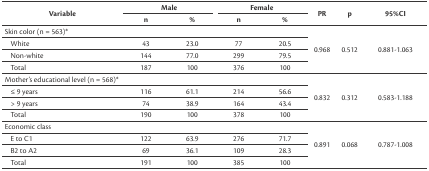
<table><thead><tr><td rowspan="2"><b>Variable</b></td><td colspan="2"><b>Male</b></td><td colspan="2"><b>Female</b></td><td rowspan="2"><b>PR</b></td><td rowspan="2"><b>p</b></td><td rowspan="2"><b>95%CI</b></td></tr><tr><td><b>n</b></td><td><b>%</b></td><td><b>n</b></td><td><b>%</b></td></tr></thead><tbody><tr><td>Skin color (n = 563)*</td><td></td><td></td><td></td><td></td><td rowspan="4">0.968</td><td rowspan="4">0.512</td><td rowspan="4">0.881-1.063</td></tr><tr><td>White</td><td>43</td><td>23.0</td><td>77</td><td>20.5</td></tr><tr><td>Non-white</td><td>144</td><td>77.0</td><td>299</td><td>79.5</td></tr><tr><td>Total</td><td>187</td><td>100</td><td>376</td><td>100</td></tr><tr><td>Mother’s educational level (n = 568)*</td><td></td><td></td><td></td><td></td><td rowspan="4">0.832</td><td rowspan="4">0.312</td><td rowspan="4">0.583-1.188</td></tr><tr><td>≤ 9 years</td><td>116</td><td>61.1</td><td>214</td><td>56.6</td></tr><tr><td>&gt; 9 years</td><td>74</td><td>38.9</td><td>164</td><td>43.4</td></tr><tr><td>Total</td><td>190</td><td>100</td><td>378</td><td>100</td></tr><tr><td>Economic class</td><td></td><td></td><td></td><td></td><td rowspan="4">0.891</td><td rowspan="4">0.068</td><td rowspan="4">0.787-1.008</td></tr><tr><td>E to C1</td><td>122</td><td>63.9</td><td>276</td><td>71.7</td></tr><tr><td>B2 to A2</td><td>69</td><td>36.1</td><td>109</td><td>28.3</td></tr><tr><td>Total</td><td>191</td><td>100</td><td>385</td><td>100</td></tr></tbody></table>